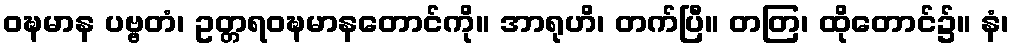
ဝဍ္ဎမာန ပဗ္ဗတံ၊ ဥတ္တရဝဍ္ဎမာနတောင်ကို။ အာရုဟိ၊ တက်ပြီ။ တတြ၊ ထိုတောင်၌။ နံ၊